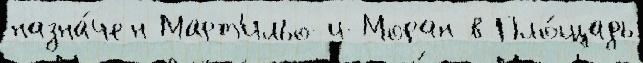
назна́чен Март'ильо-и-Моран в Пло́щадь